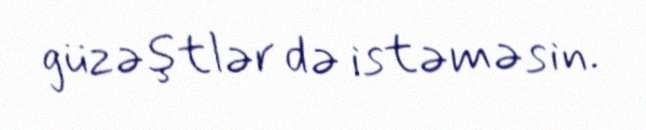
güzəştlər də istəməsin.